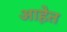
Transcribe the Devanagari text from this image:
आहेेत